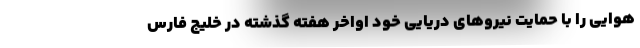
هوایی را با حمایت نیروهای دریایی خود اواخر هفته گذشته در خلیج فارس